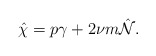
\begin{align*}\hat{\chi}=p\gamma+2\nu m\hat{{\cal N}}.\end{align*}